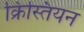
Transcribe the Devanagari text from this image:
क्रिस्तियन